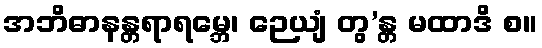
အဘိဓာနန္တရာရမ္ဘေ၊ ဉေယျံ တွ’န္တ မထာဒိ စ။